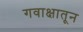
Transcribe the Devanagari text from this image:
गवाक्षातून